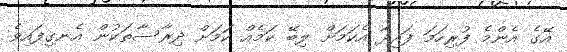
އޭގެ އެންމެ ފުރިހަމަ ފައިދާ އެކަމަށް ލިބޭ ކަމެއް ކަމަށް ދިރާސާތަކުން އެނގިފައިވެ